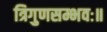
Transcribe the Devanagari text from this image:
त्रिगुणसम्भवः॥